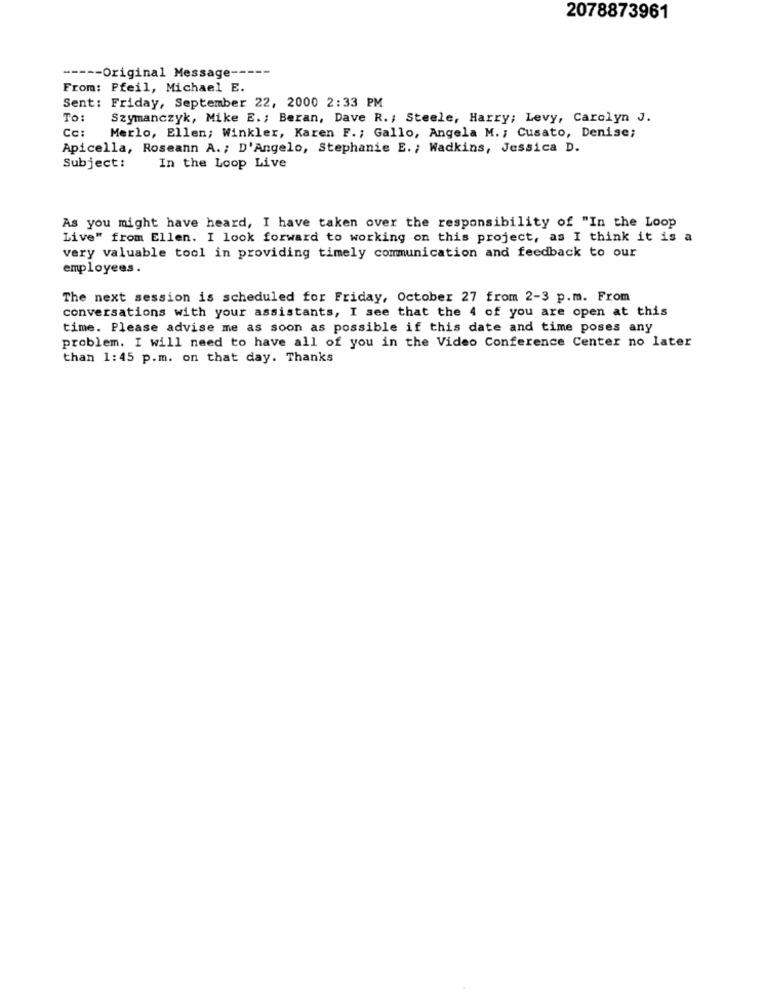
2078873961
----- Original Message -----
From: Pfeil, Michael E.
Sent: Friday, September 22, 2000 2:33 PM
To:
Szymanczyk, Mike E .; Beran, Dave R .; Steele, Harry; Levy, Carolyn J.
Cc:
Merlo, Ellen; Winkler, Karen F. ; Gallo, Angela M. ; Cusato, Denise;
Apicella, Roseann A .; D'Angelo, Stephanie E. ; Wadkins, Jessica D.
Subject:
In the Loop Live
As you might have heard, I have taken over the responsibility of "In the Loop
Live" from Ellen. I look forward to working on this project, as I think it is a
very valuable tool in providing timely communication and feedback to our
employees.
The next session is scheduled for Friday, October 27 from 2-3 p.m. From
conversations with your assistants, I see that the 4 of you are open at this
time. Please advise me as soon as possible if this date and time poses any
problem. I will need to have all of you in the Video Conference Center no later
than 1:45 p.m. on that day. Thanks